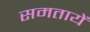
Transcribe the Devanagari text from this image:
समतायें